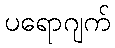
ပရောဂျက်